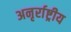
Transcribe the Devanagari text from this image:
अनृर्राष्ट्रीय